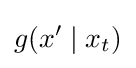
g(x'\mid x_{t})